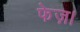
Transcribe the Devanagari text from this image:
फेज़।